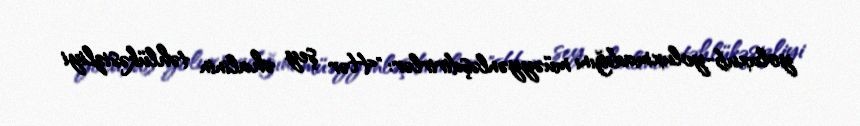
yoluxub-yoluxmadığını müəyyənləşdirirlər: "Hər şey əhalinin təhlükəsizliyi